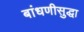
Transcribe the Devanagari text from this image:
बांधणीसुद्धा